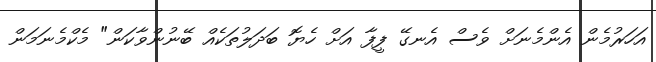
އަހަރުމެން އެންމެނަށް ވެސް އެނގޭ ފީފާ އަށް ހެޔޮ ބަދަލުތަކެއް ބޭނުންވާކަން" މެކްމެނަމަން